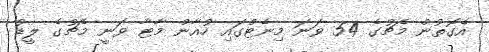
އެގޮތުން މެޗުގެ 54 ވަނަ މިނެޓްގައި ހުއާން މާޓާ ވަނީ މެޗުގެ ލީޑު